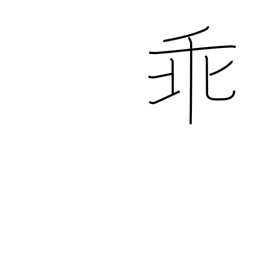
Meaning: oppose